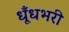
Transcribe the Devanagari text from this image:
धूँधभरी